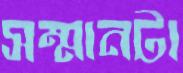
সম্মানটা